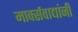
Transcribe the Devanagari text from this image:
मार्क्‍सवाद्यांनी